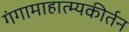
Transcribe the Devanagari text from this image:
गंगामाहात्म्यकीर्तन